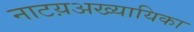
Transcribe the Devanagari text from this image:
नाटय़अख्यायिका